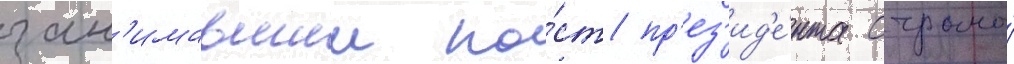
зан'имавшии по́ст пр'ез'ид'е́нта страны́